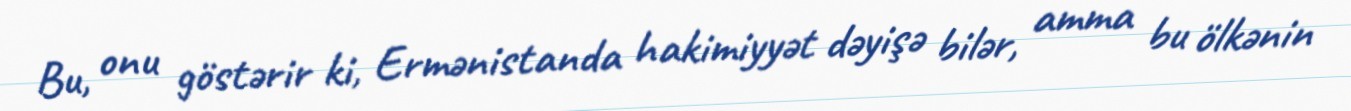
Bu, onu göstərir ki, Ermənistanda hakimiyyət dəyişə bilər, amma bu ölkənin